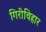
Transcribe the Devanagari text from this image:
गिरीविहार